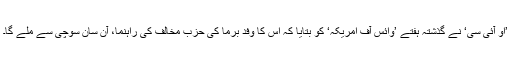
’او آئی سی‘ نے گذشتہ ہفتے ’وائس آف امریکہ‘ کو بتایا کہ اُس کا وفد برما کی حزب ٕمخالف کی راہنما، آن سان سوچی سے ملے گا۔